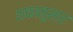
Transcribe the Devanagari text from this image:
शकानुसार